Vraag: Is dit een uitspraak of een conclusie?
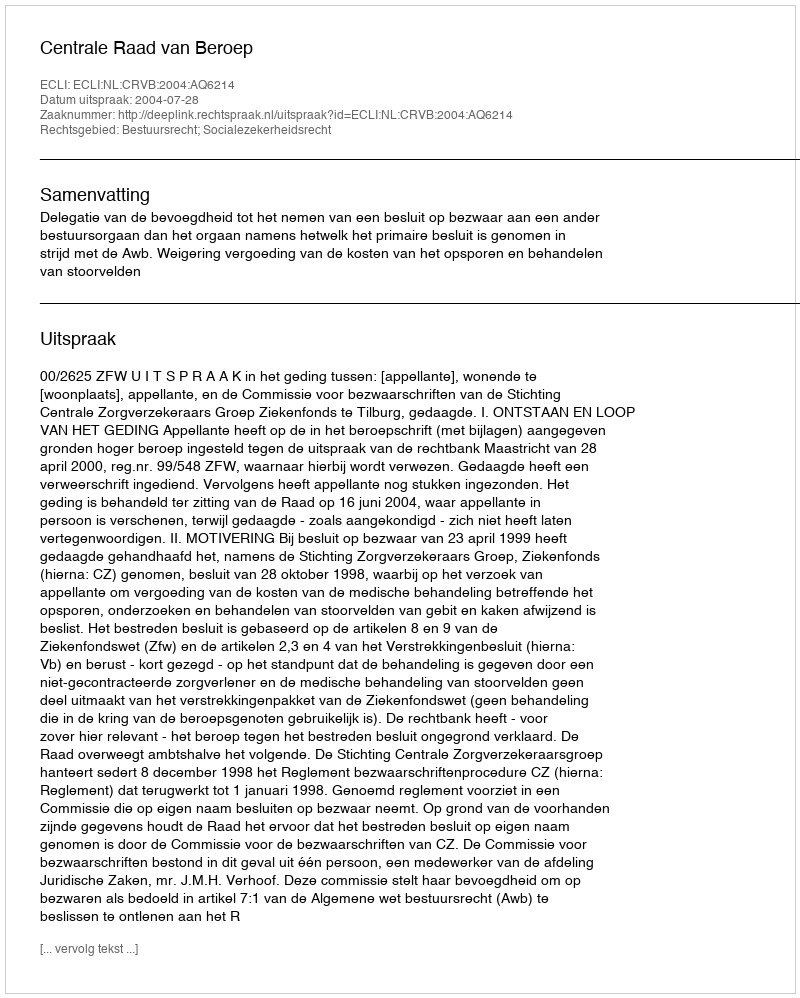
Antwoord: Uitspraak